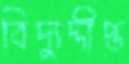
বিদ্যুদ্দীপ্ত